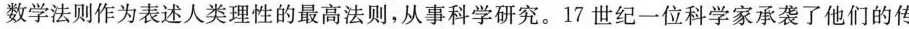
数学法则作为表述人类理性的最高法则，从事科学研究。17世纪一位科学家承袭了他们的传